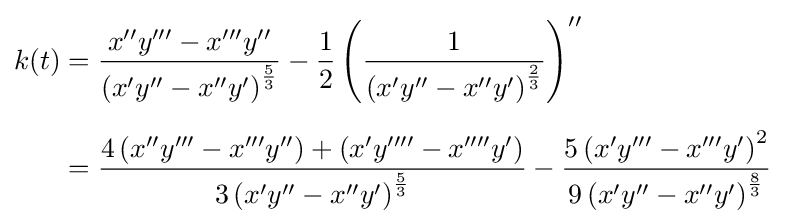
{\begin{aligned}k(t)&={\frac {x''y'''-x'''y''}{\left(x'y''-x''y'\right)^{\frac {5}{3}}}}-{\frac {1}{2}}\left({\frac {1}{\left(x'y''-x''y'\right)^{\frac {2}{3}}}}\right)''\\[6px]&={\frac {4\left(x''y'''-x'''y''\right)+\left(x'y''''-x''''y'\right)}{3\left(x'y''-x''y'\right)^{\frac {5}{3}}}}-{\frac {5\left(x'y'''-x'''y'\right)^{2}}{9\left(x'y''-x''y'\right)^{\frac {8}{3}}}}\end{aligned}}